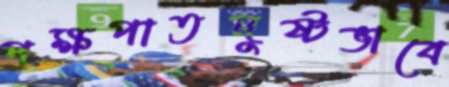
পক্ষপাতদুষ্টভাবে